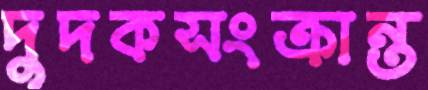
দুদকসংক্রান্ত